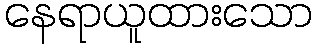
နေရာယူထားသော